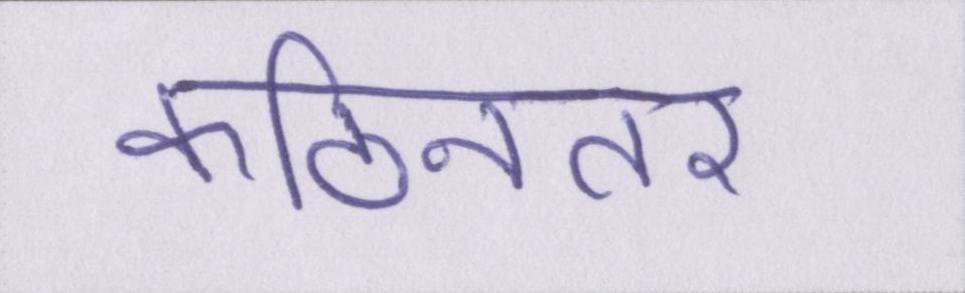
कठिनतर